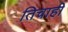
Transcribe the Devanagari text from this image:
तिचाही